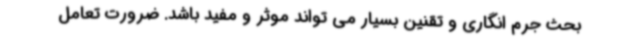
بحث جرم انگاری و تقنین بسیار می تواند موثر و مفید باشد. ضرورت تعامل